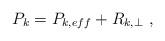
LaTeX: \begin{align*} P_k=P_{k,eff}+R_{k,\perp}\ ,\end{align*}